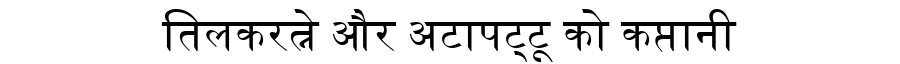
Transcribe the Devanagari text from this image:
तिलकरत्ने और अटापट्टू को कप्तानी